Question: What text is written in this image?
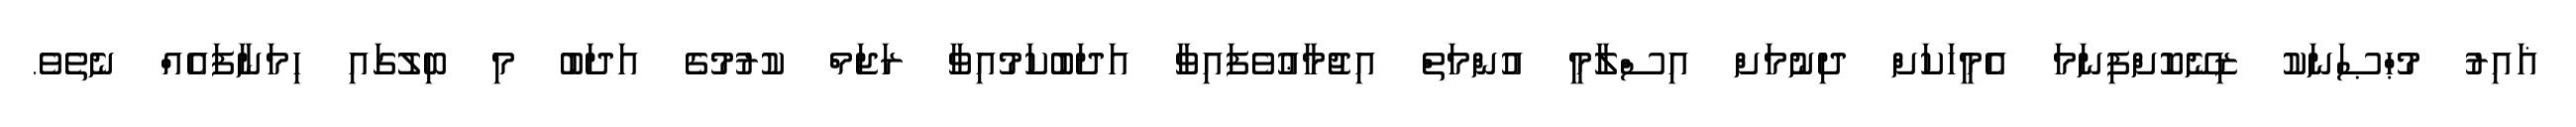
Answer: ޣައިރު މުޙްޞަނަކު ޒިނޭކޮށްފިނަމަ އެމީހަކަށް ދިނުމަށް އިސްލާމީ އުންމަތް އިޖުމާޢުވެފައިވާ އަދަބުކަމުއިވާ ރަޖަމް ކުރުމުގެ އަދަބު މި ބިލުގައި ހިމަނާފައެއް ނެތެވެ.